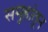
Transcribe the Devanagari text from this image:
समूहांतून